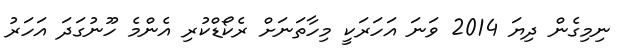
ނިމިގެން ދިޔަ 2014 ވަނަ އަހަރަކީ މިހާތަނަށް ރެކޯޑްކުރި އެންމެ ހޫނުގަދަ އަހަރު